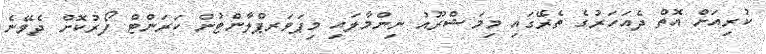
ކުރިއަށް އޮތް ދެއަހަރުގެ ތެރޭގައި މިމަޝްރޫއު ނިންމާލައި މިޕަވަރޕްލާންޓުން ކަރަންޓް ފޯރުކޮށް ދެވޭނެ